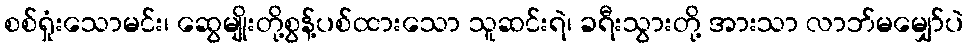
စစ်ရှုံးသောမင်း၊ ဆွေမျိုးတို့စွန့်ပစ်ထားသော သူဆင်းရဲ၊ ခရီးသွားတို့ အားသာ လာဘ်မမျှော်ပဲ